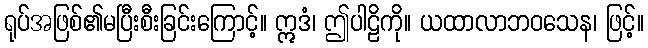
ရုပ်အဖြစ်၏မပြီးစီးခြင်းကြောင့်။ ဣဒံ၊ ဤပါဠိကို။ ယထာလာဘဝသေန၊ ဖြင့်။